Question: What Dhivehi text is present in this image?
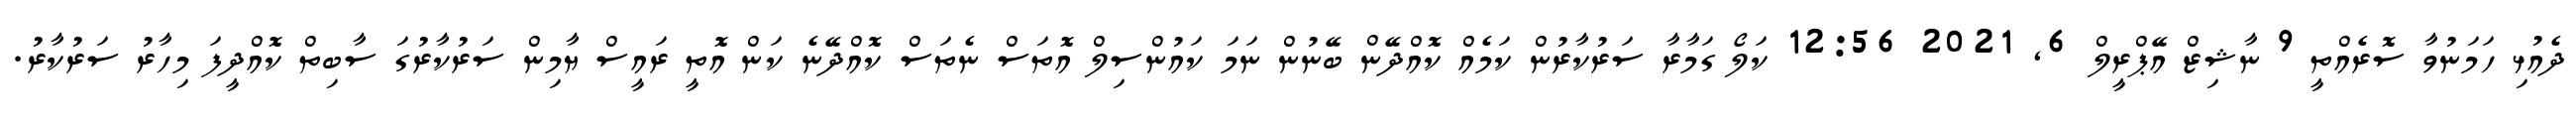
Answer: ދެއުޅި ހަމަނުވާ ސޮރެއްތީ 9 ނާޝިޒް އޭޕްރީލް 6, 2021 12:56 ކަލޯ ގަމާރާ ސަރުކާރުން ކަމެއް ކޮއްދޭން ބޭނުން ނަމަ ކައުންސިލް އޮތަސް ނެތަސް ކޮއްދޭނެ ކަން އޮތީ ރައީސް ޔާމިން ސަރުކާރުގަ ސާބިތް ކޮއްދީފަ މިހާރު ސަރުކާރު.